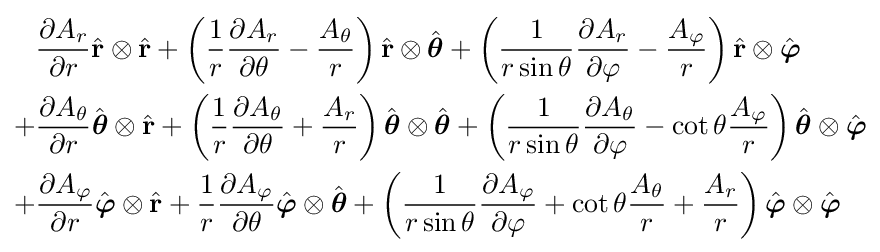
{\begin{aligned}{}&{\frac {\partial A_{r}}{\partial r}}{\hat {\mathbf {r} }}\otimes {\hat {\mathbf {r} }}+\left({\frac {1}{r}}{\frac {\partial A_{r}}{\partial \theta }}-{\frac {A_{\theta }}{r}}\right){\hat {\mathbf {r} }}\otimes {\hat {\boldsymbol {\theta }}}+\left({\frac {1}{r\sin \theta }}{\frac {\partial A_{r}}{\partial \varphi }}-{\frac {A_{\varphi }}{r}}\right){\hat {\mathbf {r} }}\otimes {\hat {\boldsymbol {\varphi }}}\\{}+&{\frac {\partial A_{\theta }}{\partial r}}{\hat {\boldsymbol {\theta }}}\otimes {\hat {\mathbf {r} }}+\left({\frac {1}{r}}{\frac {\partial A_{\theta }}{\partial \theta }}+{\frac {A_{r}}{r}}\right){\hat {\boldsymbol {\theta }}}\otimes {\hat {\boldsymbol {\theta }}}+\left({\frac {1}{r\sin \theta }}{\frac {\partial A_{\theta }}{\partial \varphi }}-\cot \theta {\frac {A_{\varphi }}{r}}\right){\hat {\boldsymbol {\theta }}}\otimes {\hat {\boldsymbol {\varphi }}}\\{}+&{\frac {\partial A_{\varphi }}{\partial r}}{\hat {\boldsymbol {\varphi }}}\otimes {\hat {\mathbf {r} }}+{\frac {1}{r}}{\frac {\partial A_{\varphi }}{\partial \theta }}{\hat {\boldsymbol {\varphi }}}\otimes {\hat {\boldsymbol {\theta }}}+\left({\frac {1}{r\sin \theta }}{\frac {\partial A_{\varphi }}{\partial \varphi }}+\cot \theta {\frac {A_{\theta }}{r}}+{\frac {A_{r}}{r}}\right){\hat {\boldsymbol {\varphi }}}\otimes {\hat {\boldsymbol {\varphi }}}\end{aligned}}